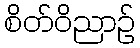
စိတ်ဝိညာဉ်